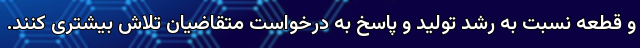
و قطعه نسبت به رشد تولید و پاسخ به درخواست متقاضیان تلاش بیشتری کنند.